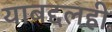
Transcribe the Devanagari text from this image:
याबद्दलही